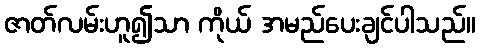
ဇာတ်လမ်းဟူ၍သာ ကိုယ် အမည်ပေးချင်ပါသည်။